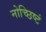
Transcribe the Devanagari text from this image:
नोच्छिष्टं